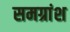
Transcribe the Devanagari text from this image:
समग्रांश